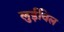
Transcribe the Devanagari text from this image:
लुईविल